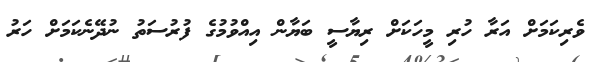
ވެރިކަމަށް އަރާ ހުރި މީހަކަށް ރިޔާސީ ބަޔާން އިއްވުމުގެ ފުރުސަތު ނުދޭނެކަމަށް ހަރު